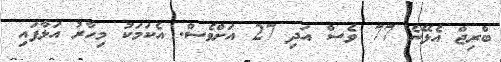
ބްރިޖް އެޅޭނެ 77 ވެސް އަދި 27 އަށްވެސް. އެކަމަކު މިހާރު އަޅާފައި